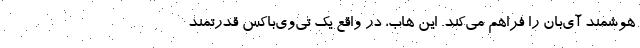
هوشمند آی‌بان را فراهم می‌کند. این هاب، در واقع یک تی‌وی‌باکس قدرتمند